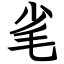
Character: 毟